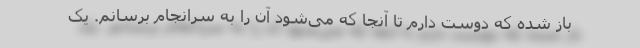
باز شده که دوست دارم تا آنجا که می‌شود آن را به سرانجام برسانم. یک